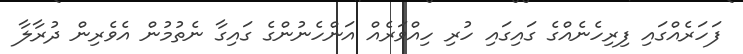
ފަހަރެއްގައި ފިރިހެނެއްގެ ގައިގައި ހުރި ހިއްވަރެއް އަންހެނުންގެ ގައިގާ ނެތުމުން އެވެރިން ދުރާލާ